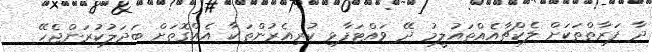
ދާ ފަރާތްތަކަށް ލެކްޗާއެއްތައުލީމު ދޭ ވައްޓަފާޅި ކުރިއެރުންތަކާ އެއްގޮތަށް ބަދަލުކުރަންޖެހޭ